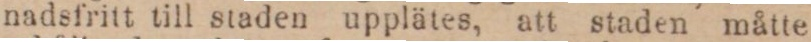
nadsfritt till staden upplätes, att staden måtte